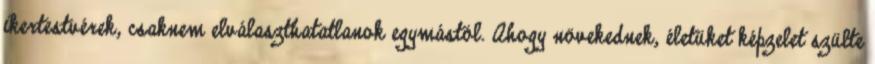
ikertestvérek, csaknem elválaszthatatlanok egymástól. Ahogy növekednek, életüket képzelet szülte